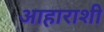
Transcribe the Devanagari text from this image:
आहाराशी